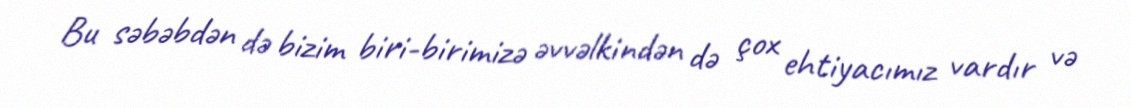
Bu səbəbdən də bizim biri-birimizə əvvəlkindən də çox ehtiyacımız vardır və